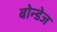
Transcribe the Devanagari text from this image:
बोन्डेज